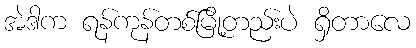
အဲဒါက ရန်ကုန်တစ်မြို့တည်းပဲ ရှိတာလေ